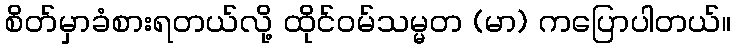
စိတ်မှာခံစားရတယ်လို့ ထိုင်ဝမ်သမ္မတ (မာ) ကပြောပါတယ်။